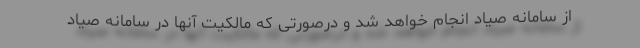
از سامانه صیاد انجام خواهد شد و درصورتی که مالکیت آنها در سامانه صیاد